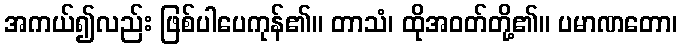
အကယ်၍လည်း ဖြစ်ပါပေကုန်၏။ တာသံ၊ ထိုအဝတ်တို့၏။ ပမာဏတော၊